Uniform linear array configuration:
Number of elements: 16
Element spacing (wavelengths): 0.25
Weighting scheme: uniform
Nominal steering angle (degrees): -60
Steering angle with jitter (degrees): -59.935
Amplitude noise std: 0.05
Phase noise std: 0.05

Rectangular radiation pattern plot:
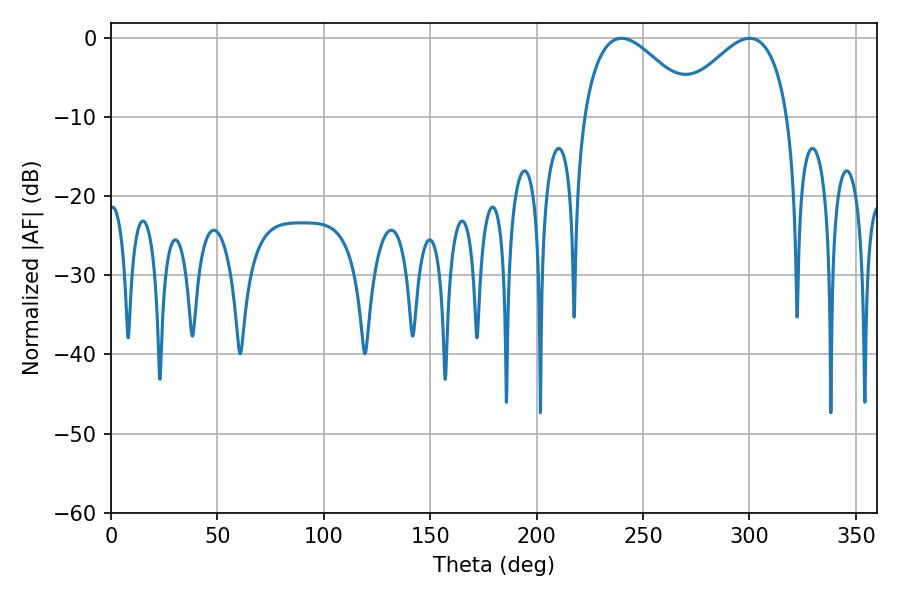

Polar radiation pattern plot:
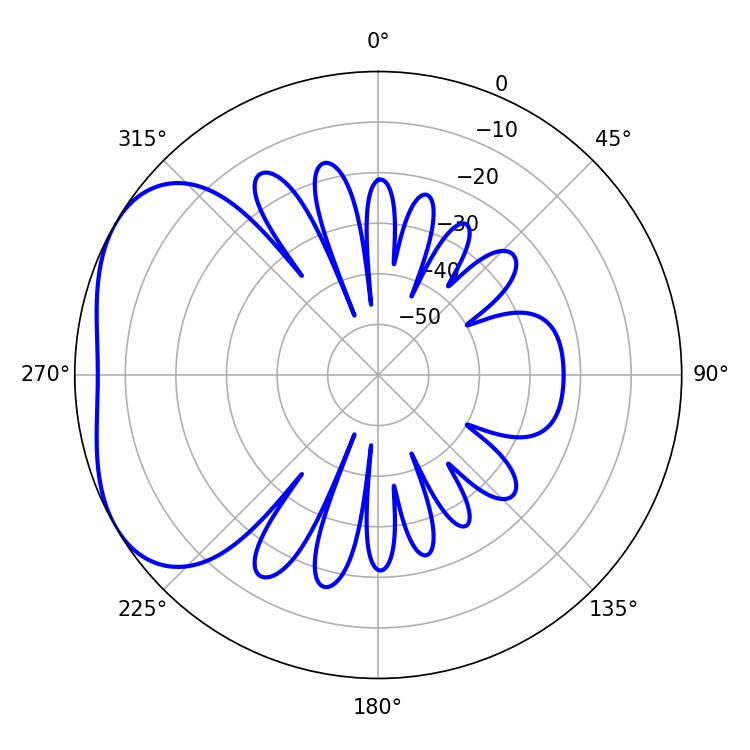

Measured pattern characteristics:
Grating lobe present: FALSE
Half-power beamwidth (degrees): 28.62
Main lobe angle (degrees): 239.94